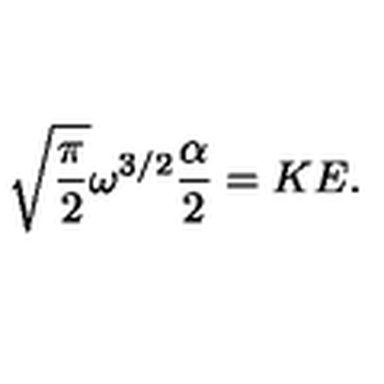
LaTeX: \sqrt { \frac { \pi } { 2 } } \omega ^ { 3 / 2 } \frac { \alpha } { 2 } = K E .